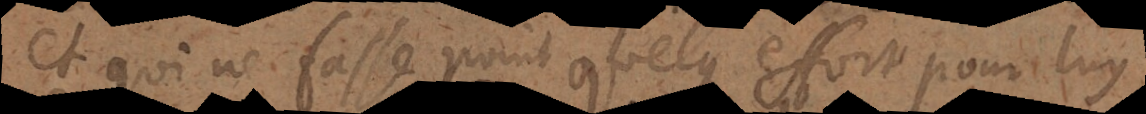
et qui ne fasse point quelque effort pour